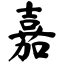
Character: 嘉